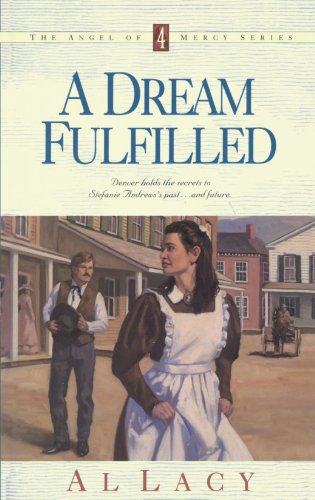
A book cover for A Dream Fulfilled (Angel of Mercy Series #4); Al Lacy; Religion & Spirituality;